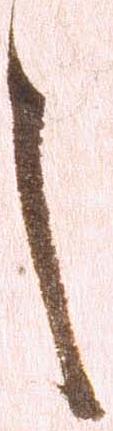
之